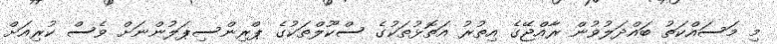
މި މަސައްކަތު ބައްދަލުވުން ރާއްޖޭގެ އިތުރު އަތޮޅުތަކުގެ ސްކޫލްތަކުގެ ޕްރިންސިޕަލުންނަށް ވެސް ކުރިއަށް